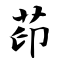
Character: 茚